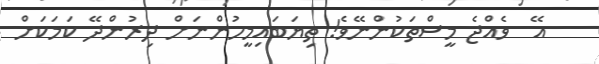
އޭ  ވެއްޖެ މީސްތަކުންނޭވެ! ތިޔަބައިމީހުންނަށް ދިރުންދޭ ކަމަކަށް